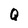
Character: Q